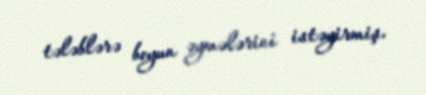
tələblərə boyun əymələrini istəyirmiş.